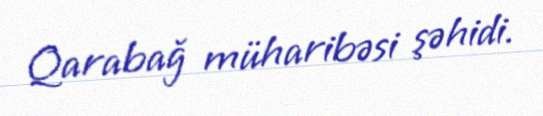
Qarabağ müharibəsi şəhidi.